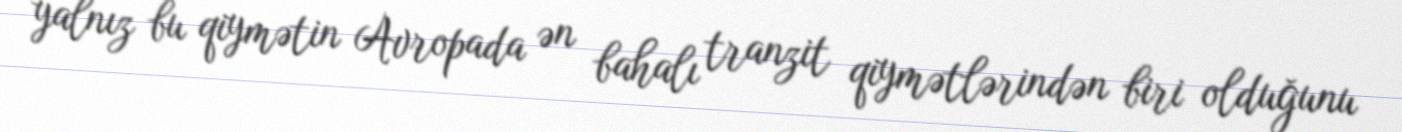
yalnız bu qiymətin Avropada ən bahalı tranzit qiymətlərindən biri olduğunu